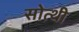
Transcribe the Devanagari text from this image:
सोत्थी